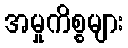
အမှုကိစ္စများ